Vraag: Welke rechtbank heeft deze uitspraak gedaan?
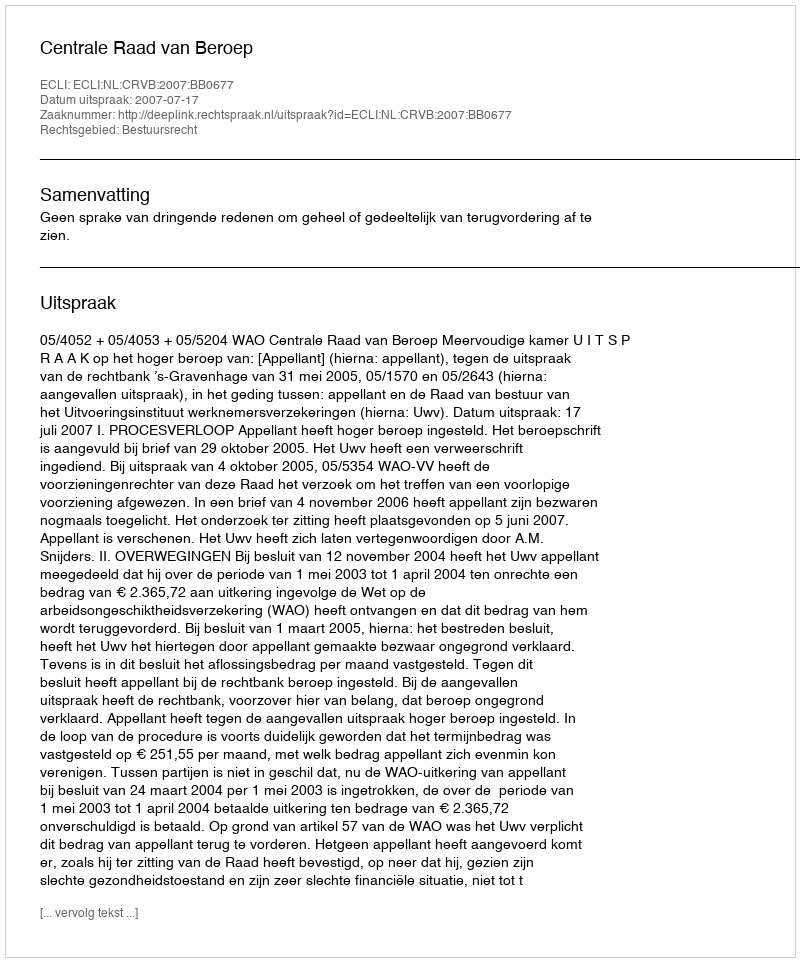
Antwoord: Centrale Raad van Beroep